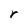
Character: r